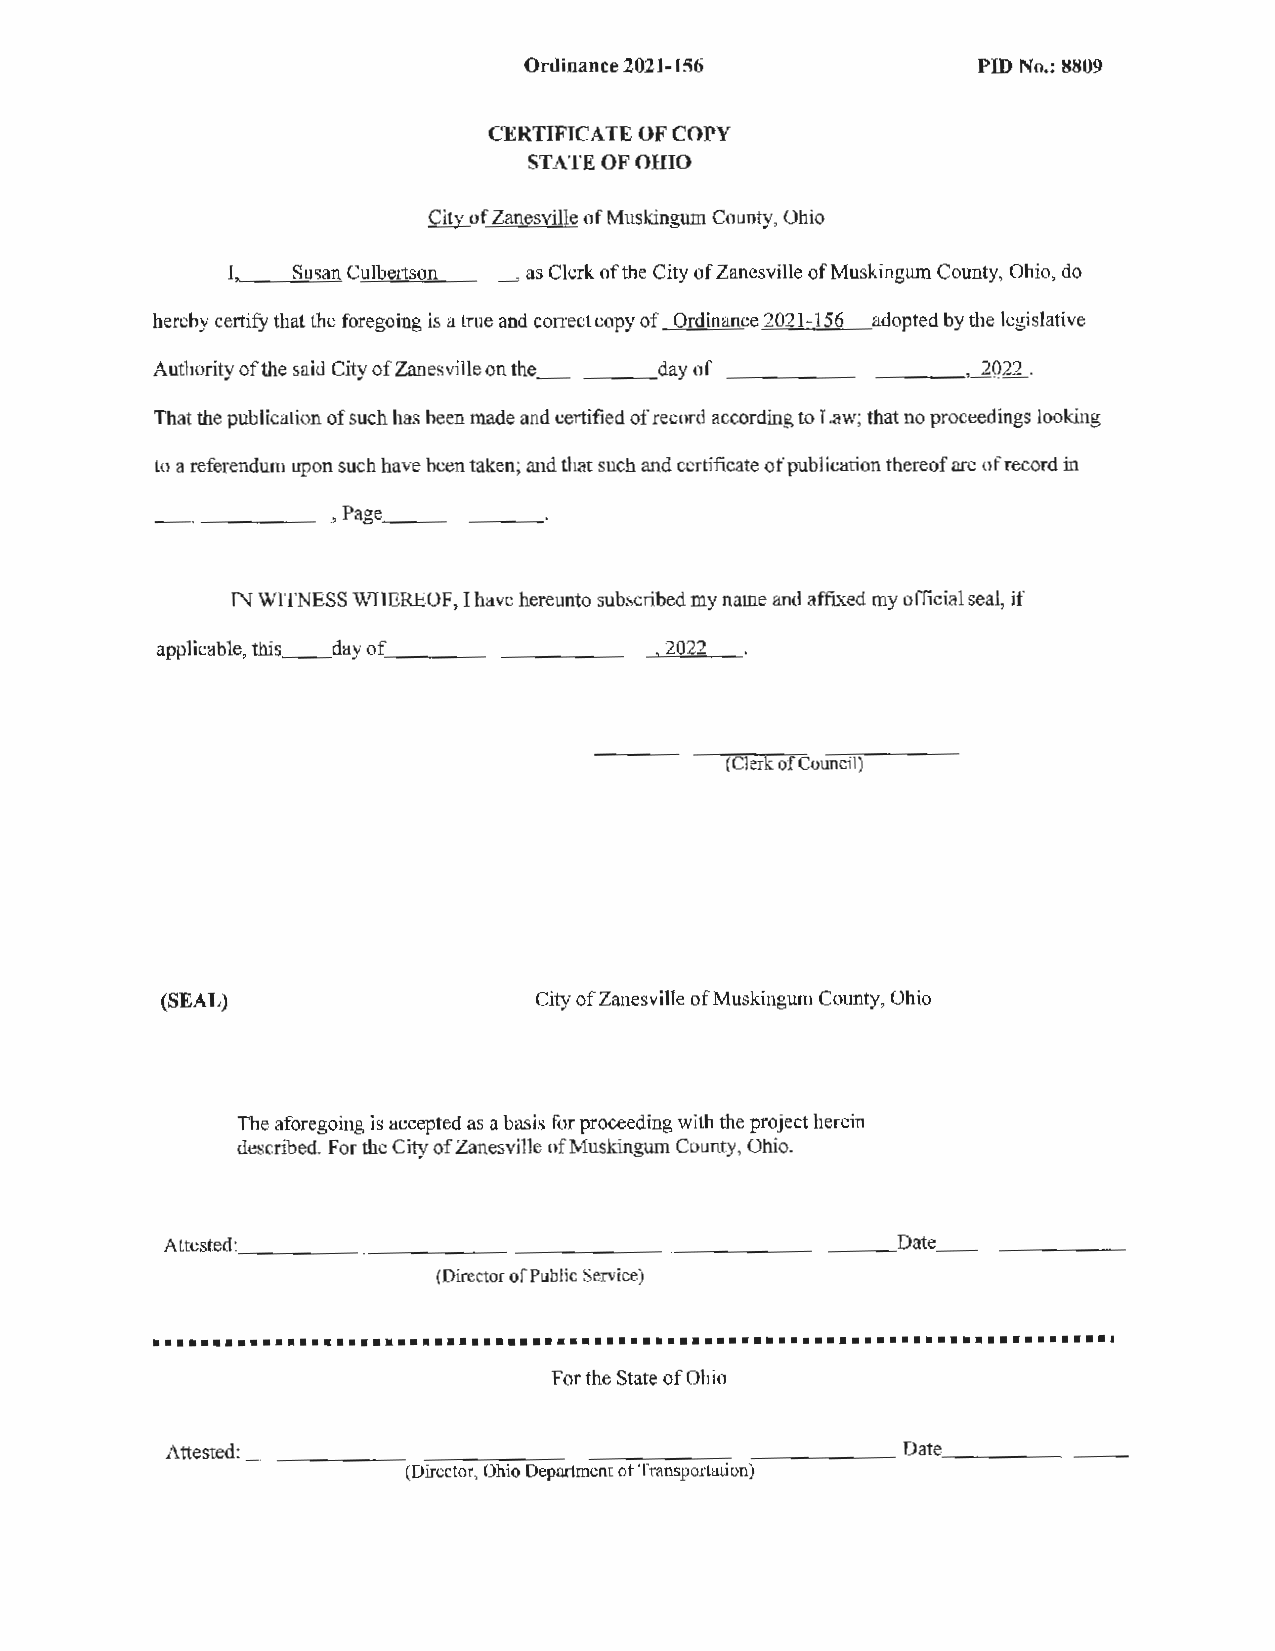
Ordinance 2021-156            PIO No.: 8809
 CERTIFICATE OF COPY
 STATE OF OHIO
 City of Zanesville of Muskingum County, Ohio
 I,_ _- -"S=u=sa=n"--=C=u.,_,lb'""e"'"'rt=so=n"-----'' as Clerk of the City of Zanesville of Muskingum County, Ohio, do
 hereby certify that the foregoing is a true and correct copy of Ordinance 2021-156 adopted by the legislative
 Authority of the said City of Zanesville on the_ ____d ay of_ __________ , 2022.
 That the publication of such has been made and certified of record according to Law; that no proceedings looking
 to a referendum upon such have been taken; and that such and certificate of publication thereof are of record in
 ________    , Page_ ______
 IN WITNESS WHEREOF, I have hereunto subscribed my name and affixed my official seal, if
 applicable, this __d ay of_ _________~ 2=0=2=2_ _
 (Clerk of Council)
 (SEAL)                  City of Zanesville of Muskingum County, Ohio
 The aforegoing is accepted as a basis for proceeding with the project herein
 described. For the City of Zanesville of Muskingum County, Ohio.
 Attested: _____________________________O         ate_ _ ______
 (Director of Public Service)
 •••••••••••••••••••••••••••••••••••••••••••••••••••••••••••••••••••••••••••••••
 For the State of Ohio
 Attested: _____________________________D          ate_ _______
 (Director, Ohio Department of Transportation)